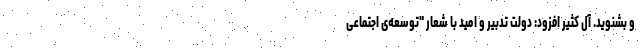
و بشنوید. آل کثیر افزود: دولت تدبیر و امید با شعار "توسعه‌ی اجتماعی